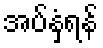
အပ်နှံရန်